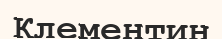
Клементин